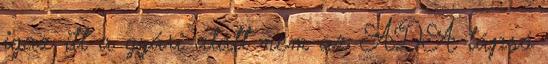
igaz itt a gyári alatt nem az ADA tápsó